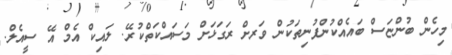
މިހެން ބުންޏަސް ބައެއްކުންފުނިތަކުން ވަރށް ރަގަޅަށް މަސައްކަތްކުރޭ. ލައިކް އެމް އޭ ސީއެލް.